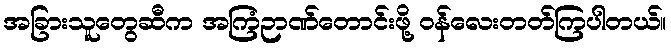
အခြားသူတွေဆီက အကြံဉာဏ်တောင်းဖို့ ဝန်လေးတတ်ကြပါတယ်။